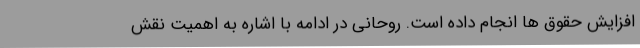
افزایش حقوق ها انجام داده است. روحانی در ادامه با اشاره به اهمیت نقش